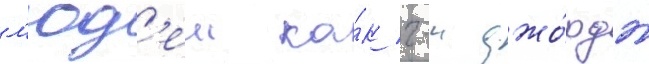
л'юд'еи ка́к г-н джо́рдж